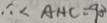
\therefore \angle A H C = 9 0 ^ { \circ }